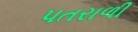
પતરાળી